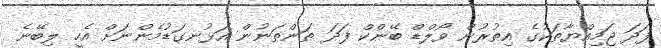
ފަދަ ޖަމިއްޔާތަކުގެ އިތުރުން ވޯލްޑް ބޭންކް ފަދަ ތަންތަނުން އަޅުނގަޑުމެންނަށް އެހީ ލިބޭނެ